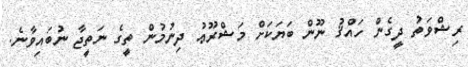
ރިޝްވަތު ދީގެން ހައްޤު ނޫން ބަޔަކަށް މަޝްރޫޢު ދިނުމުން ތީގެ ނަތީޖާ ނުބައިވާނެ.